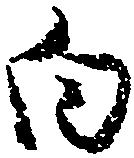
向